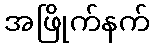
အဖြိုက်နက်